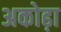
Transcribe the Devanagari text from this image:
अकोढ़ा